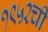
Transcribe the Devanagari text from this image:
१९५२ची